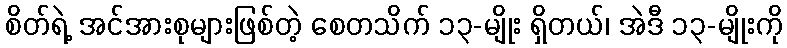
စိတ်ရဲ့ အင်အားစုများဖြစ်တဲ့ စေတသိက် ၁၃-မျိုး ရှိတယ်၊ အဲဒီ ၁၃-မျိုးကို